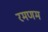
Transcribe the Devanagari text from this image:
रमणम